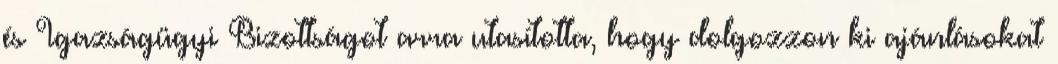
és Igazságügyi Bizottságot arra utasította, hogy dolgozzon ki ajánlásokat